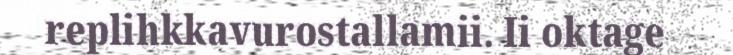
replihkkavurostallamii. Ii oktage